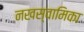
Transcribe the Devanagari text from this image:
नखस्वामिका